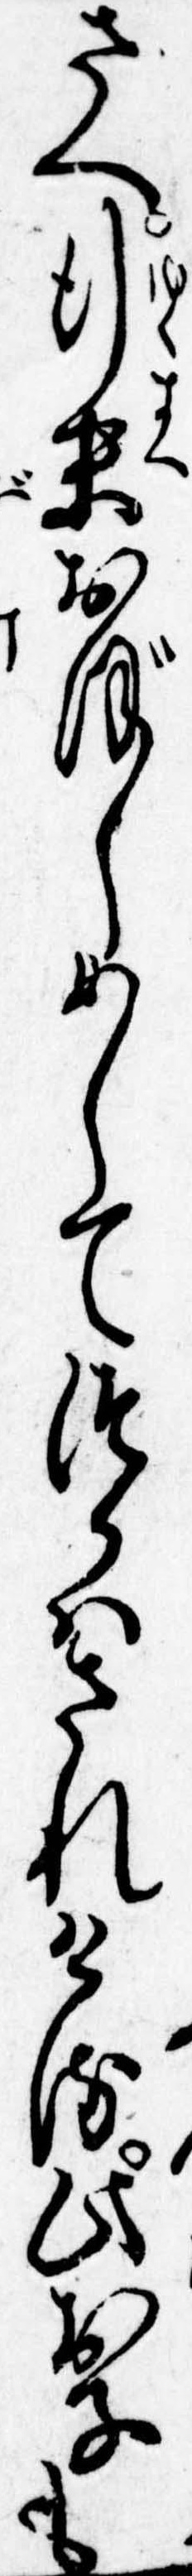
さへ行末おぼしめしてつかはされける此お子も